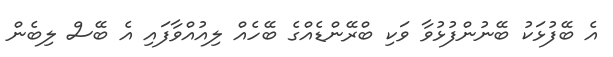
އެ ބޭފުޅަކު ބޭނުންފުޅުވާ ވަކި ބްރޭންޑެއްގެ ބޭހެއް ލިއުއްވާފައި އެ ބޭސް ލިބެން